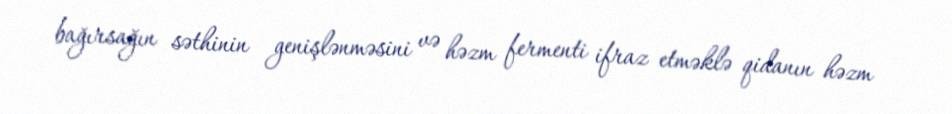
bağırsağın səthinin genişlənməsini və həzm fermenti ifraz etməklə qidanın həzm